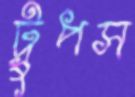
ট্রুপস